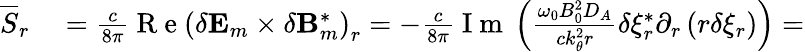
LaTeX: \begin{array}{rl}{\overline{{S}}_{r}}&{{}=\frac{c}{8\pi}\mathrm{~R~e~}\left(\delta\mathbf{E}_{m}\times\delta\mathbf{B}_{m}^{*}\right)_{r}=-\frac{c}{8\pi}\mathrm{~I~m~}\left(\frac{\omega_{0}B_{0}^{2}D_{A}}{ck_{\theta}^{2}r}\delta\xi_{r}^{*}\partial_{r}\left(r\delta\xi_{r}\right)\right)=}\end{array}